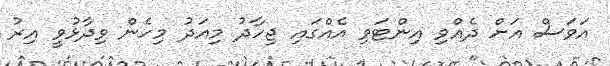
އަވަސް އަށް ދެއްވި އިންޓަވި އެއްގައި ޖިހާދު މިއަދު މިހެން ވިދާޅުވީ އިރު